system: You are a helpful assistant.
user:
Analyze the provided spectrum to determine if it is a **S-type Star**.

- **Key Indicators for S-type Star:**

    - **(Overall Spectrum Shape):** The first and most obvious characteristic is the overall continuum (the "baseline" shape). It is **extremely "red-sloping,"** meaning the flux (light intensity) is very low on the left side (blue, ~4000-4500 Å) and rises steeply and continuously toward the right side (red, ~7000 Å+).

    - **(Primary):** The spectrum is defined by the presence of strong, broad molecular absorption "valleys" (bands) from **Zirconium Oxide (ZrO)**. The identification of these bands is the **primary requirement** for classifying a star as S-type.
        - **(Key Bandheads):** You must find distinct, deep "dips" where the light has been absorbed. The most critical band systems to locate are:
            - **~6474 Å** ($\gamma$-system): This is often the strongest and clearest ZrO feature, found in the red part of the spectrum.
            - **~5718 Å** & **~5551 Å** ($\beta$-system): A pair of prominent absorption features in the yellow-orange part of the spectrum.
            - **~4640 Å** ($\alpha$-system): A key absorption band system in the blue-green region of the spectrum.

    - **(Secondary Confirmation):** The classification is strengthened by finding additional absorption bands from other related heavy element oxides, which are expected to be present alongside ZrO.
        - **(Key Bandheads):**
            - **Yttrium Oxide (YO):** Look for absorption dips near **~4800 Å** and **~6100 Å**.
            - **Lanthanum Oxide (LaO):** Additional absorption features, particularly in the red-orange part of the spectrum, are also characteristic.

    - **(Line Profile):** The combination of the steep red continuum and these numerous, deep molecular bands (ZrO, YO, etc.) gives the entire spectrum a very **"chopped-up"** or **"bumpy"** appearance. Instead of a smooth curve, the spectrum looks as though large, wide chunks of light have been "carved out" of it at the specific wavelengths listed above.

Think first, call **spectral_visualization_tool** if needed to examine features in detail, then provide your final answer. Your response must adhere to the following strict rules:
1.  **Overall Structure:** Your response must follow the format `<think>...</think> <tool_call>...</tool_call> (if a tool is used) <answer>...</answer>`.
2.  **Tool Usage Constraint:** You may only make **one** tool call per turn.
3.  **Final Answer Format:** In the `<answer>` tag, your conclusion must be inside a `\boxed{}` command (e.g., `\boxed{YES}` or `\boxed{NO}`), followed by your justification.

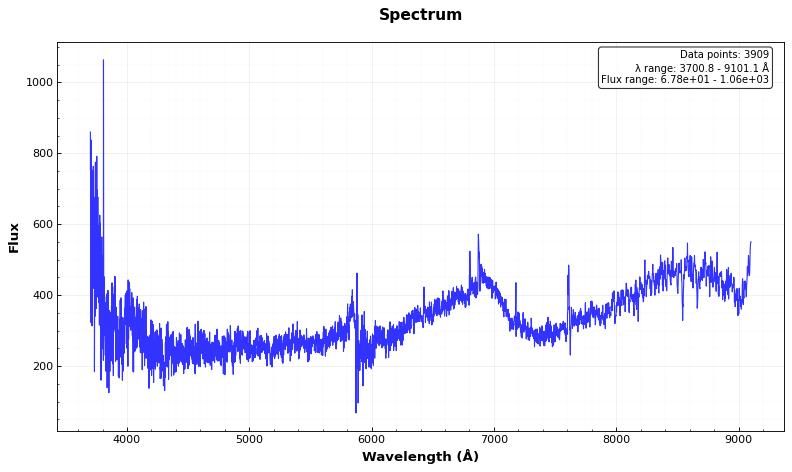
Answer: NO